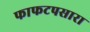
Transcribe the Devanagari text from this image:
फाफटपसारा